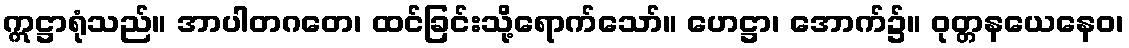
ဣဋ္ဌာရုံသည်။ အာပါတဂတေ၊ ထင်ခြင်းသို့ရောက်သော်။ ဟေဋ္ဌာ၊ အောက်၌။ ဝုတ္တနယေနေဝ၊